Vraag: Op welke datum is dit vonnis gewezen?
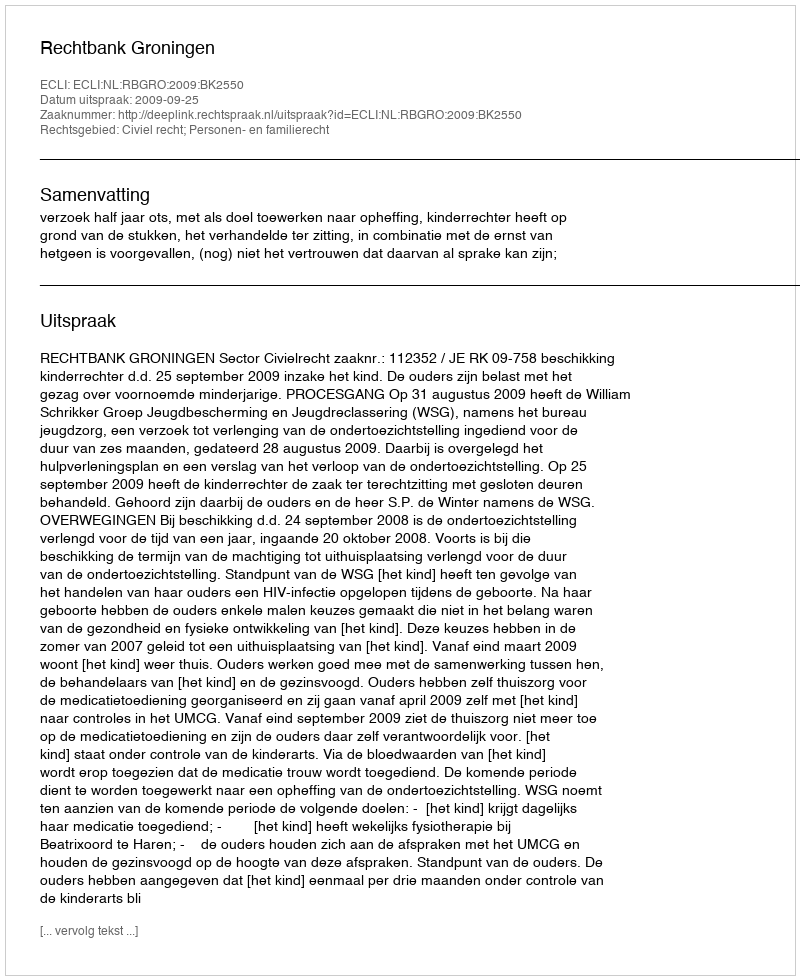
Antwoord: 2009-09-25